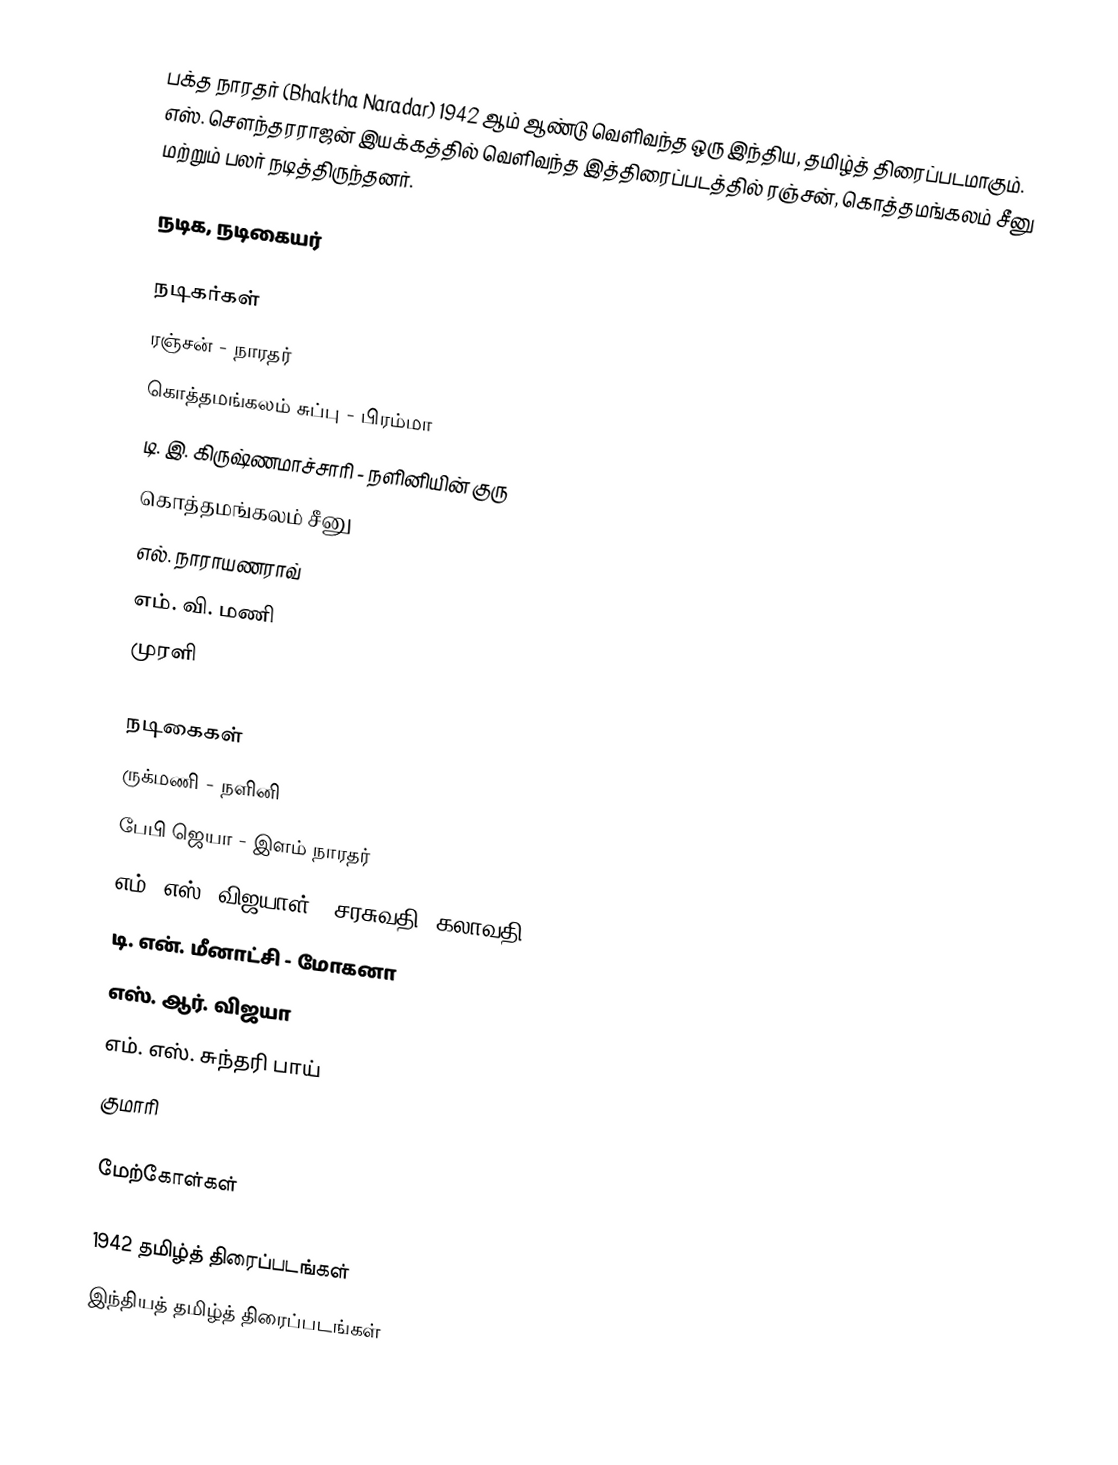
பக்த நாரதர் (Bhaktha Naradar) 1942 ஆம் ஆண்டு வெளிவந்த ஒரு இந்திய, தமிழ்த் திரைப்படமாகும். எஸ். சௌந்தரராஜன் இயக்கத்தில் வெளிவந்த இத்திரைப்படத்தில் ரஞ்சன், கொத்தமங்கலம் சீனு மற்றும் பலர் நடித்திருந்தனர்.

நடிக, நடிகையர்

நடிகர்கள்
ரஞ்சன் - நாரதர்
கொத்தமங்கலம் சுப்பு - பிரம்மா
டி. இ. கிருஷ்ணமாச்சாரி - நளினியின் குரு
கொத்தமங்கலம் சீனு
எல். நாராயணராவ்
எம். வி. மணி
முரளி

நடிகைகள்
ருக்மணி - நளினி
பேபி ஜெயா - இளம் நாரதர்
எம். எஸ். விஜயாள் - சரசுவதி, கலாவதி
டி. என். மீனாட்சி - மோகனா
எஸ். ஆர். விஜயா
எம். எஸ். சுந்தரி பாய்
குமாரி

மேற்கோள்கள்

1942 தமிழ்த் திரைப்படங்கள்
இந்தியத் தமிழ்த் திரைப்படங்கள்